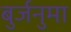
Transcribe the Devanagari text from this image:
बुर्जनुमा